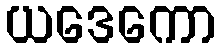
ယဒေကော